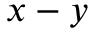
x - y